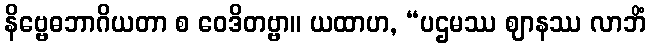
နိဗ္ဗေဓဘာဂိယတာ စ ဝေဒိတဗ္ဗာ။ ယထာဟ, “ပဌမဿ ဈာနဿ လာဘိံ